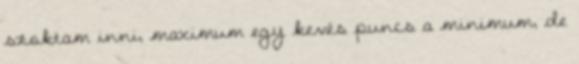
szoktam inni, maximum egy kevés puncs a minimum, de